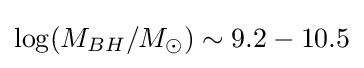
\log(M_{BH}/M_{\odot })\sim 9.2-10.5